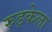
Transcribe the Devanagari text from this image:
रुड़केला